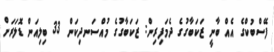
ފޭސްބުކްގެ އެއް ބާނީ ޒަކަބާގުގެ ދެމަފިރިން: ޒަކަބާގުގެ މުއްސަނދިކަން 33 ބިލިއަން ޑޮލަރަށް